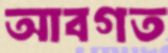
আবগত